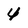
Character: 4